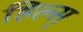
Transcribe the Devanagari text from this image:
हिल्स्